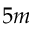
5 m